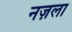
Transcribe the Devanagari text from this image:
नज़ला